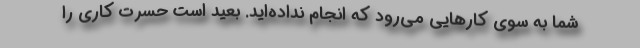
شما به سوی کارهایی می‌رود که انجام نداده‌اید. بعید است حسرت کاری را